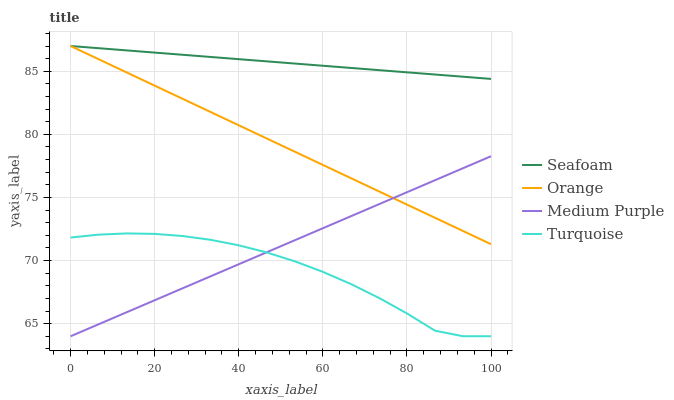
| xaxis_label | Seafoam | Orange | Medium Purple | Turquoise |
 | --- | --- | --- | --- | --- |
 | 0 | 87 | 87 | 64 | 71.8 |
 | 6.67 | 86.8 | 86 | 65 | 72.1 |
 | 13.3 | 86.7 | 84.9 | 65.9 | 72.1 |
 | 20 | 86.5 | 83.9 | 66.9 | 72.1 |
 | 26.7 | 86.3 | 82.8 | 67.8 | 71.9 |
 | 33.3 | 86.1 | 81.8 | 68.8 | 71.6 |
 | 40 | 86 | 80.7 | 69.7 | 71.2 |
 | 46.7 | 85.8 | 79.7 | 70.7 | 70.6 |
 | 53.3 | 85.6 | 78.6 | 71.6 | 69.9 |
 | 60 | 85.4 | 77.6 | 72.6 | 69.1 |
 | 66.7 | 85.3 | 76.5 | 73.5 | 68.1 |
 | 73.3 | 85.1 | 75.5 | 74.5 | 67 |
 | 80 | 84.9 | 74.4 | 75.4 | 65.8 |
 | 86.7 | 84.7 | 73.4 | 76.4 | 64.4 |
 | 93.3 | 84.6 | 72.3 | 77.3 | 64 |
 | 100 | 84.4 | 71.3 | 78.3 | 64 |